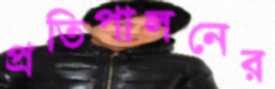
প্রতিপালনের